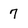
Character: 7